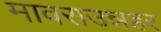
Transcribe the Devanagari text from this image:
मावराउन्नहर